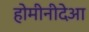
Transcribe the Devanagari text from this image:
होमीनीदेआ